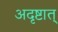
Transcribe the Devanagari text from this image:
अदृष्टात्